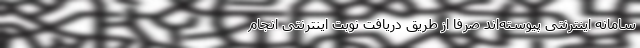
سامانه اینترنتی پیوسته‌اند صرفا از طریق دریافت نوبت اینترنتی انجام